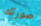
صورتك